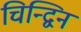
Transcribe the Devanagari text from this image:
चिन्द्विन